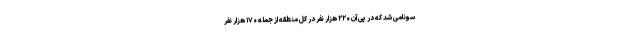
سونامی شد که در پی آن ۲۲۰ هزار نفر در کل منطقه از جمله ۱۷۰ هزار نفر